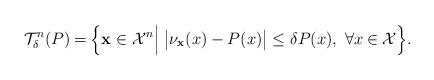
LaTeX: \begin{align*}\mathcal{T}_\delta^{n}(P)\mspace{-1mu}=\mspace{-1mu}\Big\{\mathbf{x}\in\mathcal{X}^n\Big|\mspace{5mu}\big|\nu_{\mathbf{x}}(x)-P(x)\big|\leq\delta P(x),\ \forall x\mspace{-1mu}\in\mspace{-1mu}\mathcal{X}\Big\}.\end{align*}